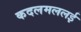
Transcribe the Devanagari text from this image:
कदलमललई